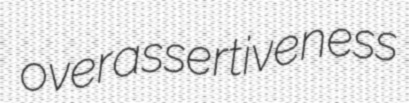
overassertiveness